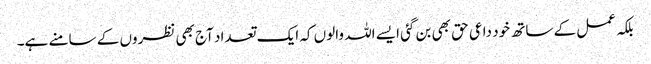
بلکہ عمل کے ساتھ خود داعی حق بھی بن گئی ایسے اللہ والوں کہ ایک تعداد آج بھی نظروں کے سامنے ہے۔